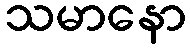
သမာနော